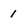
Character: 1